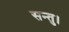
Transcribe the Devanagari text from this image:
सन्तु।